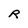
Character: R